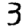
Digit: 3